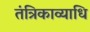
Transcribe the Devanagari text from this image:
तंत्रिकाव्याधि